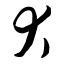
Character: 犬